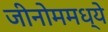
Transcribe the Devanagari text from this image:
जीनोममध्ये